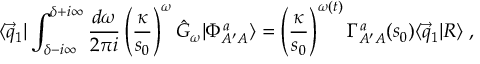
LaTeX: \langle \vec { q } _ { 1 } | \int _ { \delta - i \infty } ^ { \delta + i \infty } \frac { d \omega } { 2 \pi i } \left( \frac { \kappa } { s _ { 0 } } \right) ^ { \omega } \hat { G } _ { \omega } | \Phi _ { A ^ { \prime } A } ^ { a } \rangle = \left( \frac { \kappa } { s _ { 0 } } \right) ^ { \omega ( t ) } \Gamma _ { A ^ { \prime } A } ^ { a } ( s _ { 0 } ) \langle \vec { q } _ { 1 } | R \rangle \; ,